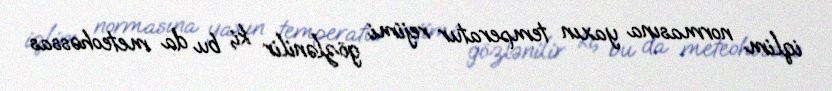
iqlim normasına yaxın temperatur rejimi gözlənilir ki, bu da meteohəssas